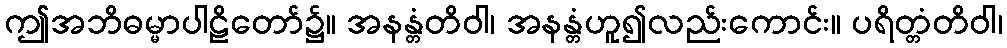
ဤအဘိဓမ္မာပါဠိတော်၌။ အနန္တံတိဝါ၊ အနန္တံဟူ၍လည်းကောင်း။ ပရိတ္တံတိဝါ၊